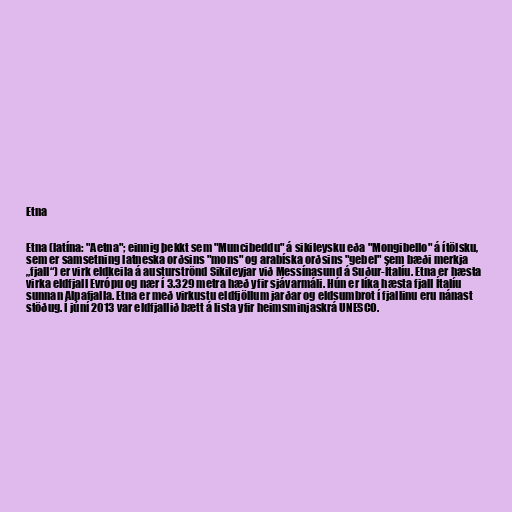
Etna

Etna (latína: "Aetna"; einnig þekkt sem "Muncibeddu" á sikileysku eða "Mongibello" á ítölsku,
sem er samsetning latneska orðsins "mons" og arabíska orðsins "gebel" sem bæði merkja
„fjall“) er virk eldkeila á austurströnd Sikileyjar við Messínasund á Suður-Ítalíu. Etna er hæsta
virka eldfjall Evrópu og nær í 3.329 metra hæð yfir sjávarmáli. Hún er líka hæsta fjall Ítalíu
sunnan Alpafjalla. Etna er með virkustu eldfjöllum jarðar og eldsumbrot í fjallinu eru nánast
stöðug. Í júní 2013 var eldfjallið bætt á lista yfir heimsminjaskrá UNESCO.